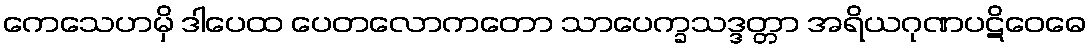
ကေသေဟမှိ ဒါပေထ ပေတလောကတော သာပေက္ခသဒ္ဒတ္တာ အရိယဂုဏပဋိဝေဓေ